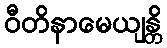
ဝီတိနာမေယျန္တိ